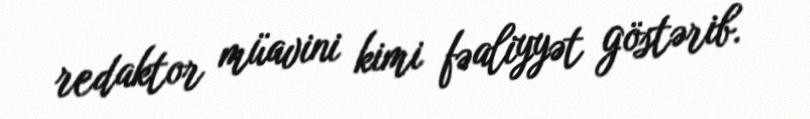
redaktor müavini kimi fəaliyyət göstərib.